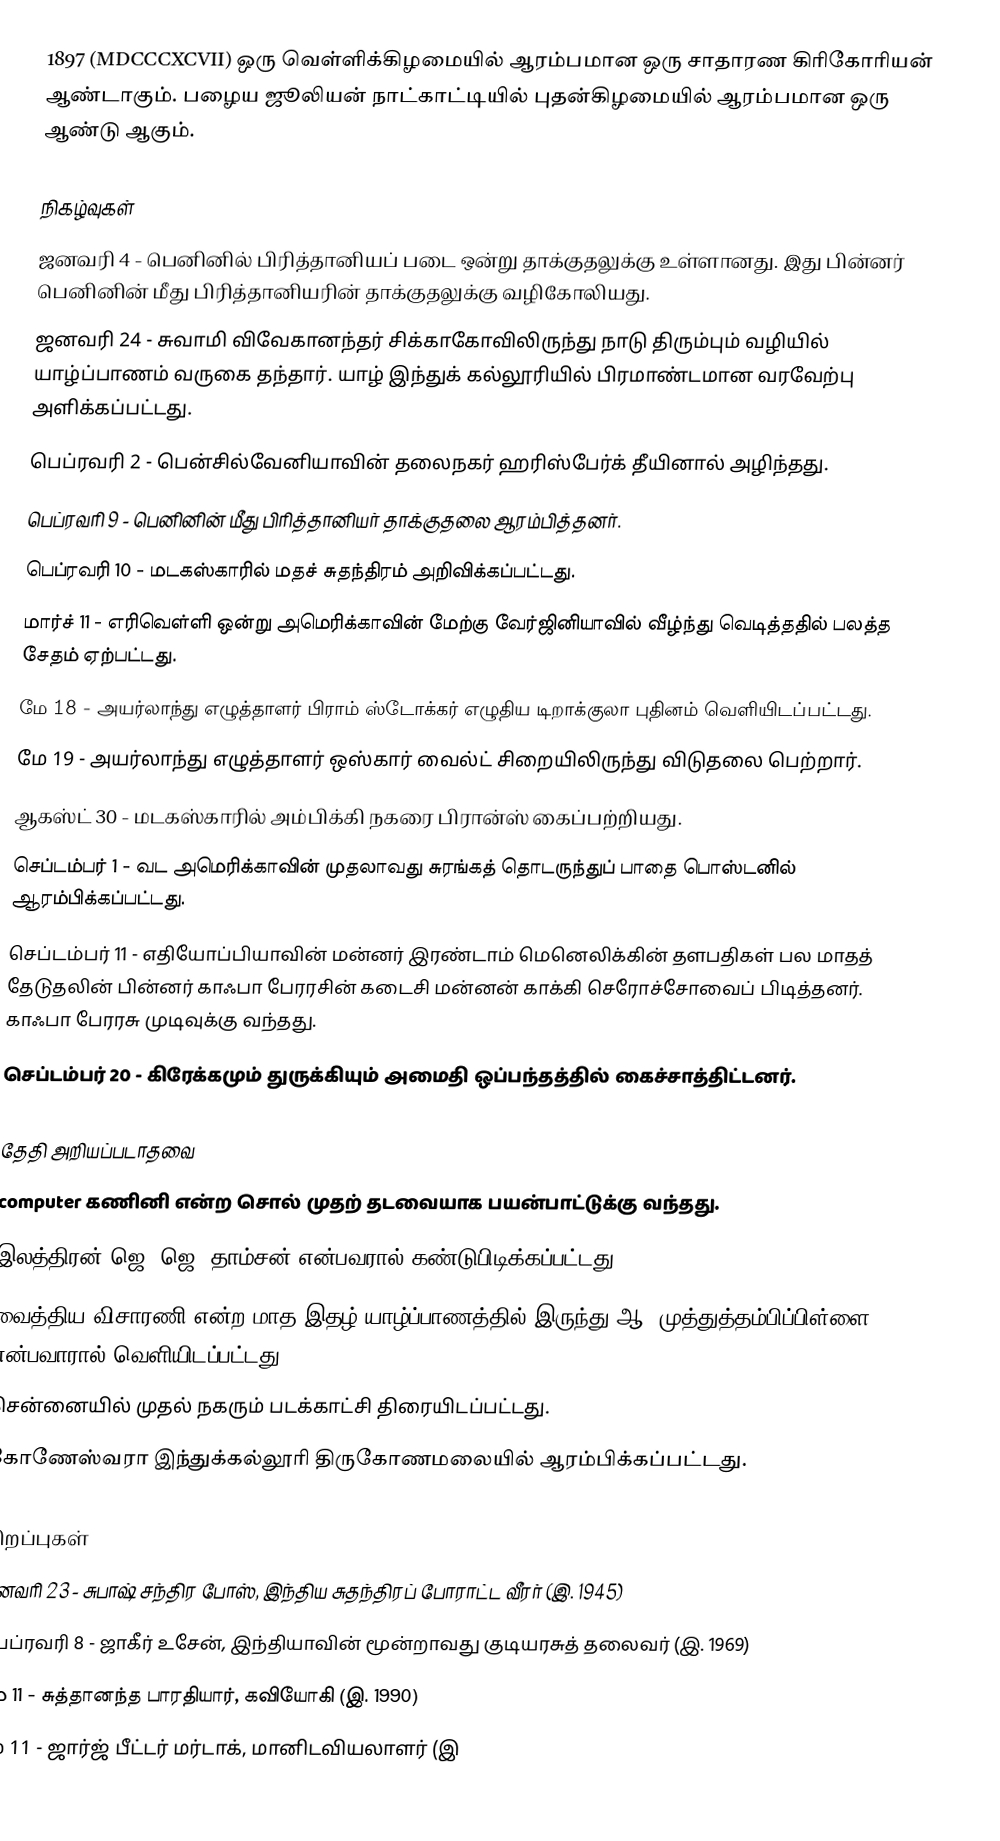
1897  (MDCCCXCVII) ஒரு வெள்ளிக்கிழமையில் ஆரம்பமான ஒரு சாதாரண கிரிகோரியன் ஆண்டாகும். பழைய ஜூலியன் நாட்காட்டியில் புதன்கிழமையில் ஆரம்பமான ஒரு ஆண்டு ஆகும்.

நிகழ்வுகள்
 ஜனவரி 4 - பெனினில் பிரித்தானியப் படை ஒன்று தாக்குதலுக்கு உள்ளானது. இது பின்னர் பெனினின் மீது பிரித்தானியரின் தாக்குதலுக்கு வழிகோலியது.
 ஜனவரி 24 - சுவாமி விவேகானந்தர் சிக்காகோவிலிருந்து நாடு திரும்பும் வழியில் யாழ்ப்பாணம் வருகை தந்தார். யாழ் இந்துக் கல்லூரியில் பிரமாண்டமான வரவேற்பு அளிக்கப்பட்டது.
 பெப்ரவரி 2 - பென்சில்வேனியாவின் தலைநகர் ஹரிஸ்பேர்க் தீயினால் அழிந்தது.
 பெப்ரவரி 9 - பெனினின் மீது பிரித்தானியர் தாக்குதலை ஆரம்பித்தனர்.
 பெப்ரவரி 10 - மடகஸ்காரில் மதச் சுதந்திரம் அறிவிக்கப்பட்டது.
 மார்ச் 11 - எரிவெள்ளி ஒன்று அமெரிக்காவின் மேற்கு வேர்ஜினியாவில் வீழ்ந்து வெடித்ததில் பலத்த சேதம் ஏற்பட்டது.
 மே 18 - அயர்லாந்து எழுத்தாளர் பிராம் ஸ்டோக்கர் எழுதிய டிறாக்குலா புதினம் வெளியிடப்பட்டது.
 மே 19 - அயர்லாந்து எழுத்தாளர் ஒஸ்கார் வைல்ட் சிறையிலிருந்து விடுதலை பெற்றார்.
 ஆகஸ்ட் 30 - மடகஸ்காரில் அம்பிக்கி நகரை பிரான்ஸ் கைப்பற்றியது.
 செப்டம்பர் 1 - வட அமெரிக்காவின் முதலாவது சுரங்கத் தொடருந்துப் பாதை பொஸ்டனில் ஆரம்பிக்கப்பட்டது.
 செப்டம்பர் 11 - எதியோப்பியாவின் மன்னர் இரண்டாம் மெனெலிக்கின் தளபதிகள் பல மாதத் தேடுதலின் பின்னர் காஃபா பேரரசின் கடைசி மன்னன் காக்கி செரோச்சோவைப் பிடித்தனர். காஃபா பேரரசு முடிவுக்கு வந்தது.
 செப்டம்பர் 20 - கிரேக்கமும் துருக்கியும் அமைதி ஒப்பந்தத்தில் கைச்சாத்திட்டனர்.

தேதி அறியப்படாதவை
 computer கணினி என்ற சொல் முதற் தடவையாக பயன்பாட்டுக்கு வந்தது.
 இலத்திரன் ஜெ. ஜெ. தாம்சன் என்பவரால் கண்டுபிடிக்கப்பட்டது.
 வைத்திய விசாரணி என்ற மாத இதழ் யாழ்ப்பாணத்தில் இருந்து ஆ. முத்துத்தம்பிப்பிள்ளை என்பவாரால் வெளியிடப்பட்டது.
 சென்னையில் முதல் நகரும் படக்காட்சி திரையிடப்பட்டது.
 கோணேஸ்வரா இந்துக்கல்லூரி திருகோணமலையில் ஆரம்பிக்கப்பட்டது.

பிறப்புகள்
 ஜனவரி 23 - சுபாஷ் சந்திர போஸ், இந்திய சுதந்திரப் போராட்ட வீரர் (இ. 1945)
 பெப்ரவரி 8 - ஜாகீர் உசேன், இந்தியாவின் மூன்றாவது குடியரசுத் தலைவர் (இ. 1969)
 மே 11 - சுத்தானந்த பாரதியார், கவியோகி (இ. 1990)
 மே 11 - ஜார்ஜ் பீட்டர் மர்டாக், மானிடவியலாளர் (இ